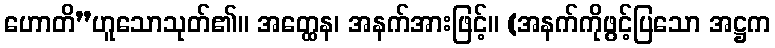
ဟောတိ”ဟူသောသုတ်၏။ အတ္ထေန၊ အနက်အားဖြင့်။ (အနက်ကိုဖွင့်ပြသော အဋ္ဌက